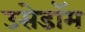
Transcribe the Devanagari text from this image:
उसेडॉम